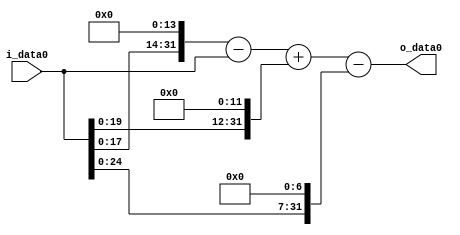
module multiplier_block (
    i_data0,
    o_data0
);

  // Port mode declarations:
  input   [31:0] i_data0;
  output  [31:0]
    o_data0;

  //Multipliers:

  wire [31:0]
    w1,
    w16384,
    w16383,
    w4096,
    w20479,
    w128,
    w20351;

  assign w1 = i_data0;
  assign w128 = w1 << 7;
  assign w16383 = w16384 - w1;
  assign w16384 = w1 << 14;
  assign w20351 = w20479 - w128;
  assign w20479 = w16383 + w4096;
  assign w4096 = w1 << 12;

  assign o_data0 = w20351;

  //multiplier_block area estimate = 4567.14715007059;
endmodule